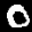
Label: 0